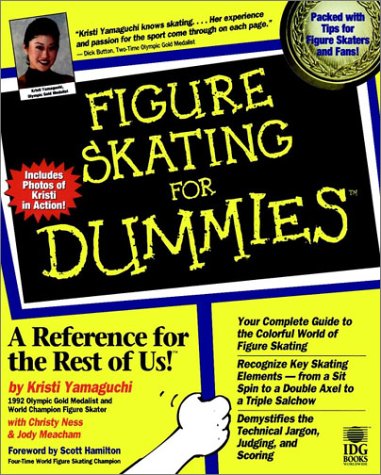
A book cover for Figure Skating For Dummies; Kristi Yamaguchi; Sports & Outdoors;